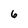
Character: 6